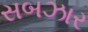
સબઝાર